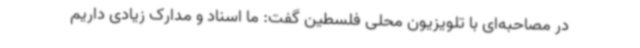
در مصاحبه‌ای با تلویزیون محلی فلسطین گفت: ما اسناد و مدارک زیادی داریم